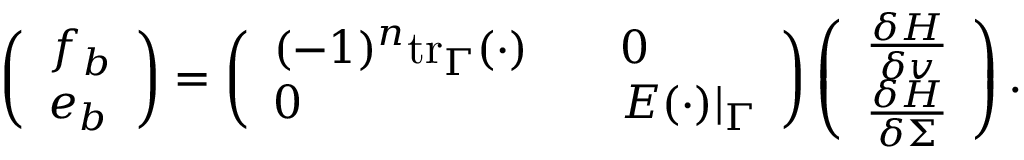
\begin{array} { r } { \left( \begin{array} { l } { f _ { b } } \\ { e _ { b } } \end{array} \right) = \left( \begin{array} { l l } { ( - 1 ) ^ { n } \mathrm { t r } _ { \Gamma } ( \cdot ) \quad } & { 0 } \\ { 0 \quad } & { E ( \cdot ) | _ { \Gamma } } \end{array} \right) \left( \begin{array} { l } { \frac { \delta H } { \delta v } } \\ { \frac { \delta H } { \delta \Sigma } } \end{array} \right) . } \end{array}